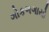
ગોકળગાયો